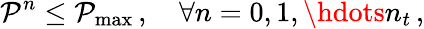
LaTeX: \mathcal P^{n}\le\mathcal P_{\operatorname*{max}}\, ,\quad\forall n=0,1,\hdots n_{t}\, ,